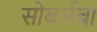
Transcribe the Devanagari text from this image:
सोबर्सचा